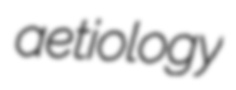
aetiology